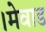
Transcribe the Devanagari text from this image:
।मेवाड